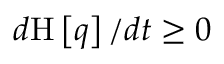
d \mathrm { H } \left[ { q } \right] / d t \geq 0